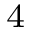
^ { 4 }